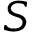
{ S }